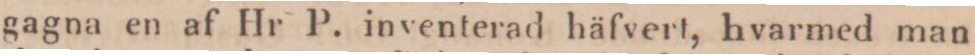
gagna en af Hr P. inventerad häfvert, hvarmed man